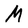
Character: M